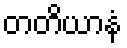
တတိယာနံ